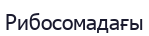
Рибосомадағы